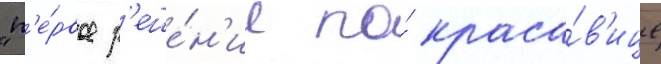
"п'е́рвое р'еше́н'ие по́ краса́в'ице